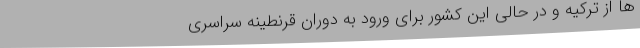
ها از ترکیه و در حالی این کشور برای ورود به دوران قرنطینه‌ سراسری